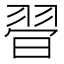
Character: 𦐲